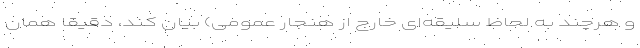
و هرچند به لحاظ سلیقه‌ای خارج از هنجار عمومی) بیان کند، دقیقا همان